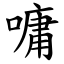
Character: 嘃